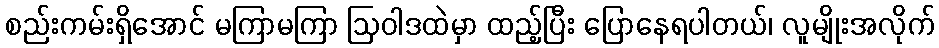
စည်းကမ်းရှိအောင် မကြာမကြာ ဩဝါဒထဲမှာ ထည့်ပြီး ပြောနေရပါတယ်၊ လူမျိုးအလိုက်